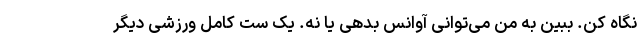
نگاه کن. ببین به من می‌توانی آوانس بدهی یا نه. یک ست کامل ورزشی دیگر